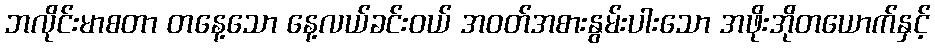
ဘလိုင်းမာစတာ တနေ့သော နေ့လယ်ခင်းဝယ် အဝတ်အစားနွမ်းပါးသော အဖိုးအိုတယောက်နှင့်